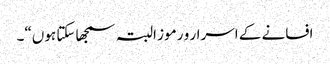
افسانے کے اسرار و رموز البتہ سمجھا سکتا ہوں“۔